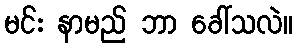
မင်း နာမည် ဘာ ခေါ်သလဲ။